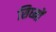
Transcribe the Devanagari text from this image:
सिघ्मों